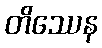
တိဿေန